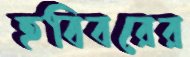
হবিবরের